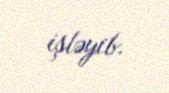
işləyib.